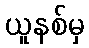
ယူနစ်မှ